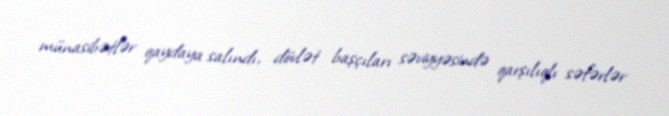
münasibətlər qaydaya salındı, dövlət başçıları səviyyəsində qarşılıqlı səfərlər